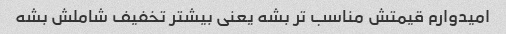
امیدوارم قیمتش مناسب تر بشه یعنی بیشتر تخفیف شاملش بشه